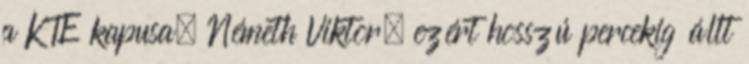
a KTE kapusa, Németh Viktor, ezért hosszú percekig állt